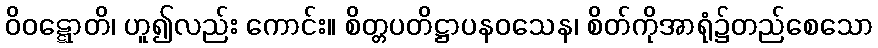
ဝိဝဋ္ဋောတိ၊ ဟူ၍လည်း ကောင်း။ စိတ္တပတိဋ္ဌာပနဝသေန၊ စိတ်ကိုအာရုံ၌တည်စေသော